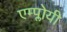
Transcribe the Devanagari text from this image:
एम्प्लोयी